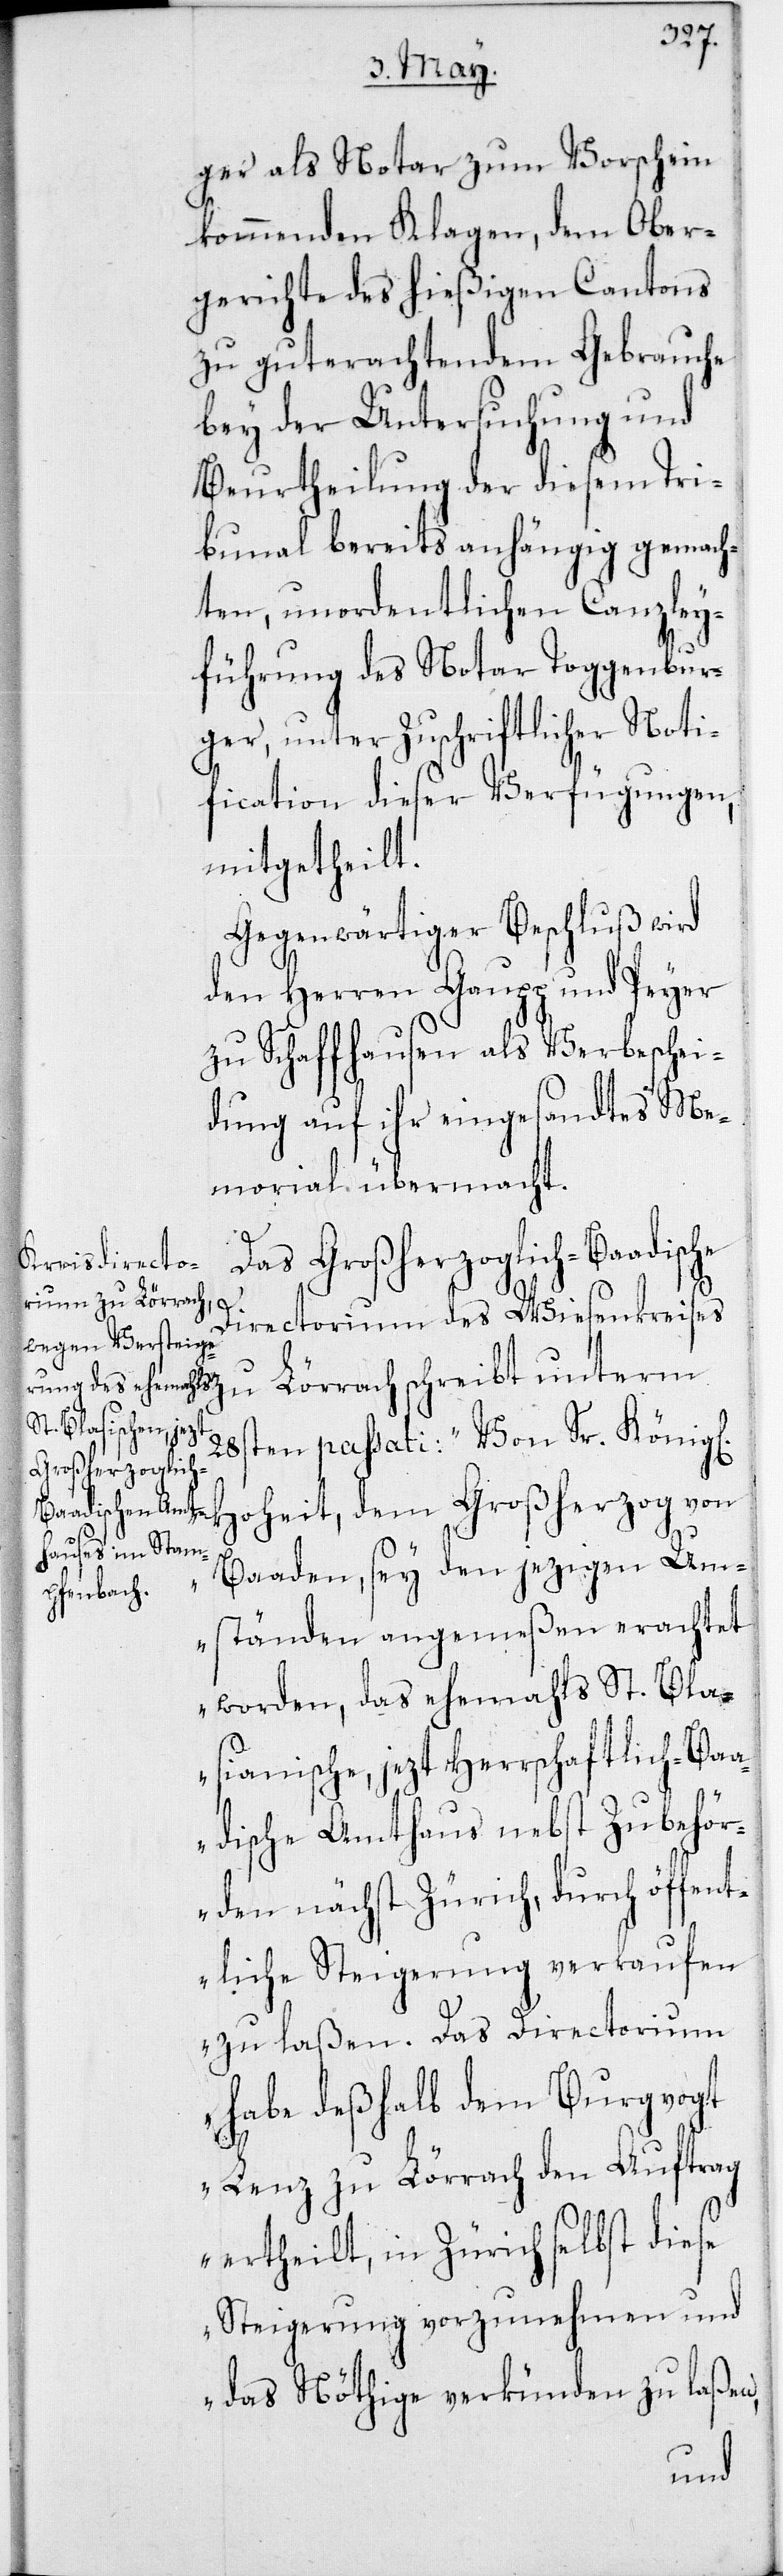
ger als Notar zum Vorschein
kommenden Klagen, dem Ober¬
gerichte des hießigen Cantons
zu gut erachtendem Gebrauche
bey der Untersuchung und
Beurtheilung der diesem Tri¬
bunal bereits anhängig gemach¬
ten, unordentlichen Canzley¬
führung des Notar Toggenbur¬
ger, unter zuschriftlicher Noti¬
fication dieser Verfügungen,
mitgetheilt.
Gegenwärtiger Beschluß wird
den Herren Gaupp und Peyer
zu Schaffhausen als Verbeschei¬
dung auf ihr eingesandtes Me¬
morial übermacht.
Das Großherzoglich-Baadische
zu Lörrach
Directorium des Wiesenkreises
g[lichen]
28sten passati: „Von Sr. Köni¬
Hoheit, dem Großherzog von
Baaden, sey den jezigen Um¬
ständen angemeßen erachtet
worden, das ehemahls St. Bla¬
siansche, jezt Herrschaftlich-Ba¬
adische Amtshaus nebst Zubehör¬
den nächst Zürich, durch öffent¬
liche Steigerung verkaufen
zu laßen. Das Directorium
habe deßhalb dem Burgvogt
Lenz zu Lörrach den Auftrag
ertheilt, in Zürich selbst diese
Steigerung vorzunehmen und
das Nöthige verkünden zu laßen,